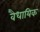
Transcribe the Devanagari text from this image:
वैधायिक